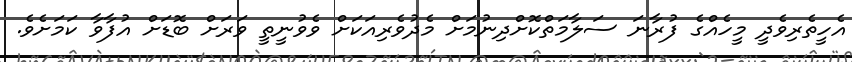
އެހީތެރިވެދީ މީހެއްގެ ފުރާނަ ސަލާމަތްކޮށްދިނުމަށް މެދުވެރިއަކަށް ވެވުނީތީ ވަރަށް ބޮޑަށް އުފާވާ ކަމަށެވެ.